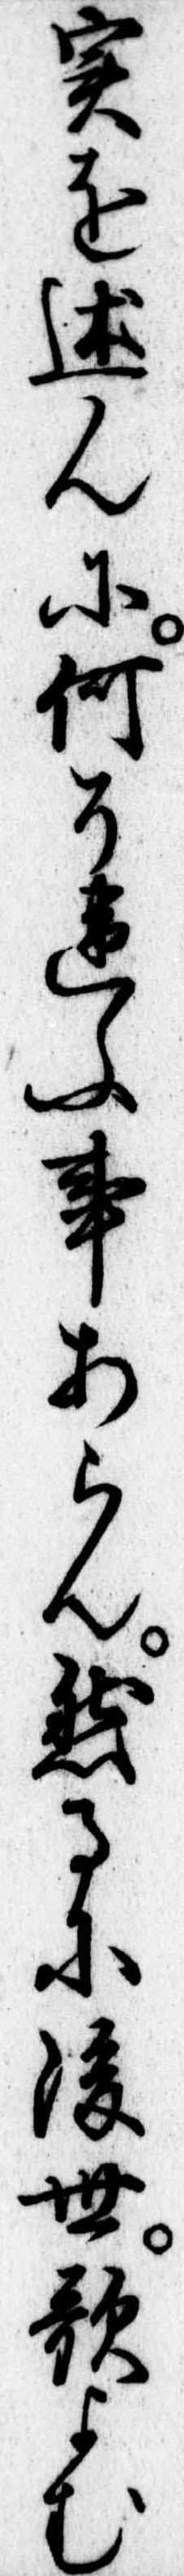
実を述んに何そ違ふ事あらん然るに後世歌よむ